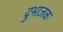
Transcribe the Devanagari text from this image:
दुभाजक